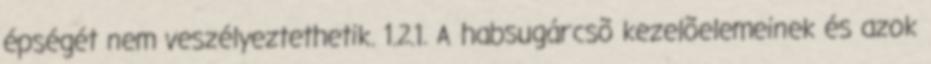
épségét nem veszélyeztethetik. 1.2.1. A habsugárcsõ kezelõelemeinek és azok